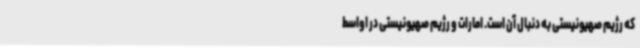
که رژیم صهیونیستی به دنبال آن است. امارات و رژیم صهیونیستی در اواسط